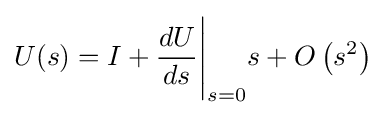
U(s)=I+{\frac {dU}{ds}}{\Bigg |}_{s=0}s+O\left(s^{2}\right)